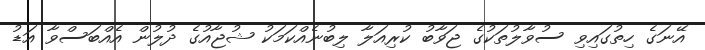
އޭނަގެ ހިތުގައިވި ސުވާލުތަކުގެ ޖަވާބު ކުރިއަލާ ލިބުނެއްކަމަކު ޝުޖާއުގެ ދުލުން އެއްބަސްވާ އަޑު